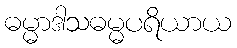
ဓမ္မာဒါသဓမ္မပရိယာယ